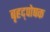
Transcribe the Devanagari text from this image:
बृहद्पोषक